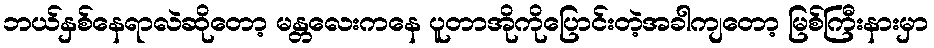
ဘယ်နှစ်နေရာလဲဆိုတော့ မန္တလေးကနေ ပူတာအိုကိုပြောင်းတဲ့အခါကျတော့ မြစ်ကြီးနားမှာ